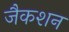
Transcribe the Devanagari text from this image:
जैकशन